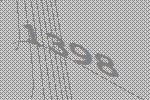
1398